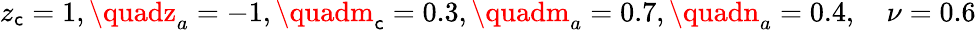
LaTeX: z_{\mathsf{c}}=1,\quadz_{a}=-1,\quadm_{\mathsf{c}}=0.3,\quadm_{a}=0.7,\quadn_{a}=0.4,\quad\nu=0.6